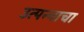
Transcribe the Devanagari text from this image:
उत्‍पन्‍नाचा